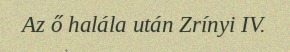
Az ő halála után Zrínyi IV.